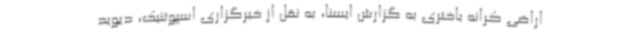
اراضی کرانه باختری به گزارش ایسنا، به نقل از خبرگزاری اسپوتنیک، دیوید